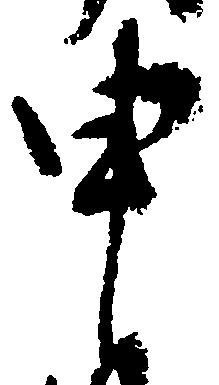
申